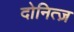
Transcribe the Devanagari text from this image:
दोनित्ज़